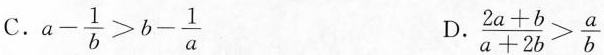
C.$$a - \frac { 1 } { b } > b - \frac { 1 } { a }$$ D.$$\frac {2 a + b } { a + 2 b } > \frac { a } { b }$$